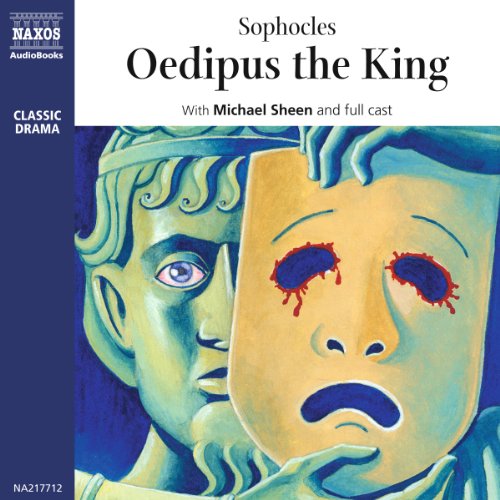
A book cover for Oedipus the King;  Sophocles; Literature & Fiction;